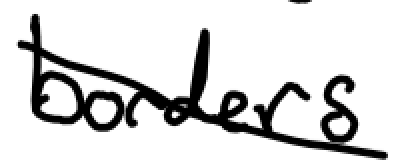
Text: borders.
Cross-out: diagonal
Writing tool: digital_black